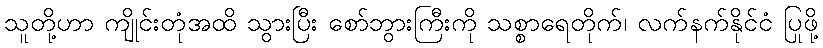
သူတို့ဟာ ကျိုင်းတုံအထိ သွားပြီး စော်ဘွားကြီးကို သစ္စာရေတိုက်၊ လက်နက်နိုင်ငံ ပြုဖို့